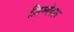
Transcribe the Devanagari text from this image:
ज़िम्‍मेदार